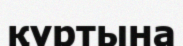
құртына